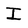
Character: I